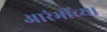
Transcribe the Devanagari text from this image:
आरंभींच्या